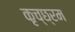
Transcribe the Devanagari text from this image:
कृच्छ्रम